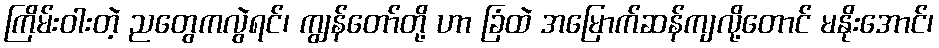
ကြိမ်းဝါးတဲ့ ညတွေကလွဲရင်၊ ကျွန်တော်တို့ ဟာ ခြံထဲ အမြောက်ဆန်ကျလို့တောင် မနိုးအောင်၊